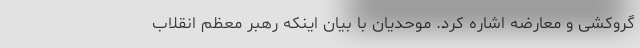
گروکشی و معارضه اشاره کرد. موحدیان با بیان اینکه رهبر معظم انقلاب